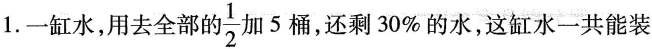
三、解决问题。1.一缸水，用去全部的 \frac{1}{2}加5桶，还剩30\%的水，这缸水一共能装